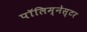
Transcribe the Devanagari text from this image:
पॉलिम्नेस्टर